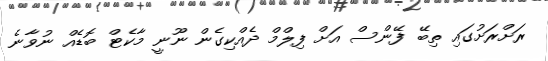
ރަށްރަށުގައި ތިބޭ ފޭންސް އަށް ފިލްމް ދެއްކިގެން ނޫނީ މާކެޓް ބޮޑެއް ނުވާނެ